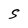
Character: S